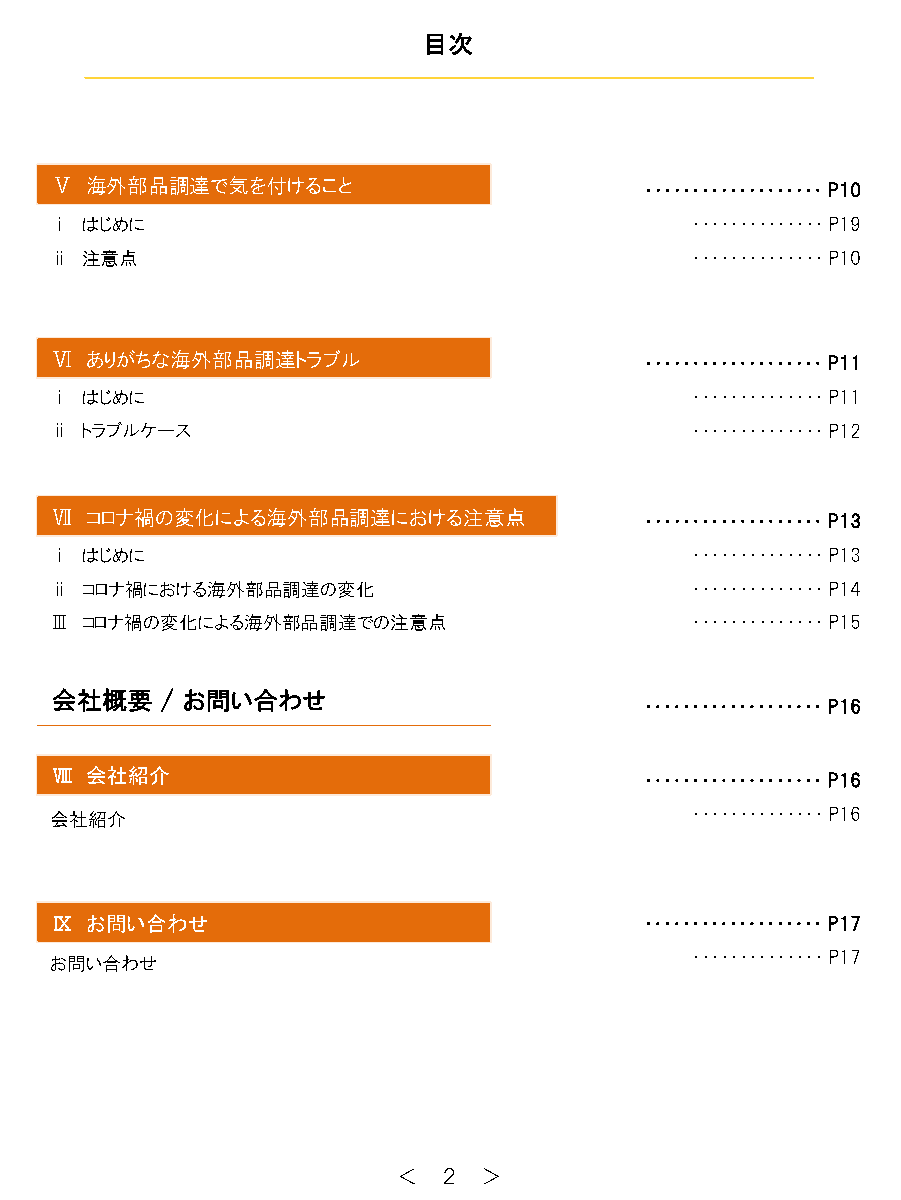
目次
 Ⅴ  海外部品調達で気を付けること                       ・・・・・・・・・・・・・・・・・・・P10
 ⅰ はじめに                                     ・・・・・・・・・・・・・・P19
 ⅱ 注意点                                      ・・・・・・・・・・・・・・P10
 Ⅵ  ありがちな海外部品調達トラブル                      ・・・・・・・・・・・・・・・・・・・P11
 ⅰ はじめに                                     ・・・・・・・・・・・・・・P11
 ⅱ トラブルケース                                  ・・・・・・・・・・・・・・P12
 Ⅶ  コロナ禍の変化による海外部品調達における注意点              ・・・・・・・・・・・・・・・・・・・P13
 ⅰ はじめに                                     ・・・・・・・・・・・・・・P13
 ⅱ コロナ禍における海外部品調達の変化                        ・・・・・・・・・・・・・・P14
 Ⅲ コロナ禍の変化による海外部品調達での注意点                    ・・・・・・・・・・・・・・P15
 会社概要    / お問い合わせ
 ・・・・・・・・・・・・・・・・・・・P16
 Ⅷ  会社紹介                                 ・・・・・・・・・・・・・・・・・・・P16
 会社紹介                                       ・・・・・・・・・・・・・・P16
 Ⅸ  お問い合わせ                               ・・・・・・・・・・・・・・・・・・・P17
 お問い合わせ                                     ・・・・・・・・・・・・・・P17
 ＜  ２  ＞